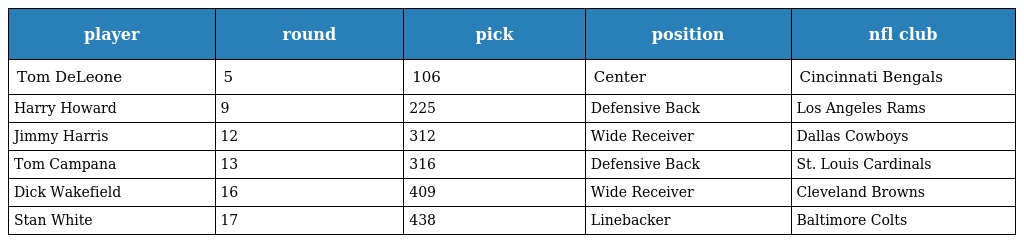
| player | round | pick | position | nfl club |
 | --- | --- | --- | --- | --- |
 | Tom DeLeone | 5 | 106 | Center | Cincinnati Bengals |
 | Harry Howard | 9 | 225 | Defensive Back | Los Angeles Rams |
 | Jimmy Harris | 12 | 312 | Wide Receiver | Dallas Cowboys |
 | Tom Campana | 13 | 316 | Defensive Back | St. Louis Cardinals |
 | Dick Wakefield | 16 | 409 | Wide Receiver | Cleveland Browns |
 | Stan White | 17 | 438 | Linebacker | Baltimore Colts |